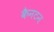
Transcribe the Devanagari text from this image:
कैनटन